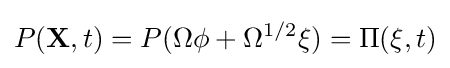
P(\mathbf {X} ,t)=P(\Omega \mathbf {\phi } +\Omega ^{1/2}\mathbf {\xi } )=\Pi (\mathbf {\xi } ,t)